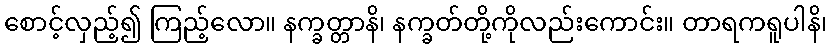
စောင့်လှည့်၍ ကြည့်လော။ နက္ခတ္တာနိ၊ နက္ခတ်တို့ကိုလည်းကောင်း။ တာရကရူပါနိ၊